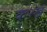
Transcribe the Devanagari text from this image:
क२ख